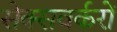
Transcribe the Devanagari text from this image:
सेक्सवर्करों